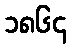
၁၈၆၄